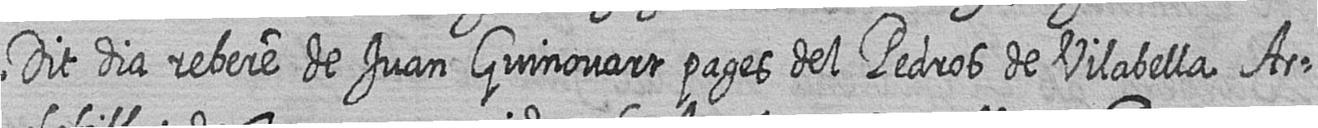
Dit dia rebere de Juan Guinovart pages del Pedros de Vilabella Ar=